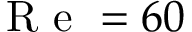
\mathrm { ~ R ~ e ~ } = 6 0